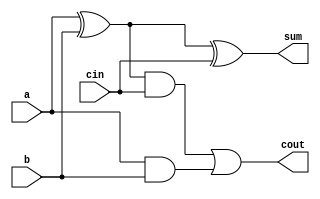
module FA(output sum, cout, input a, b, cin);
  wire w0, w1, w2;
  
  xor #(2) (w0, a, b);
  xor #(2) (sum, w0, cin);
  
  and #(1) (w1, w0, cin);
  and #(1) (w2, a, b);
  or #(1) (cout, w1, w2);
endmodule